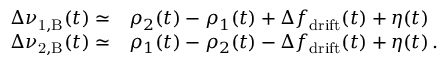
\begin{array} { r l } { \Delta \nu _ { \mathrm { 1 , B } } ( t ) \simeq } & { \rho _ { 2 } ( t ) - \rho _ { 1 } ( t ) + \Delta f _ { \mathrm { d r i f t } } ( t ) + \eta ( t ) } \\ { \Delta \nu _ { \mathrm { 2 , B } } ( t ) \simeq } & { \rho _ { 1 } ( t ) - \rho _ { 2 } ( t ) - \Delta f _ { \mathrm { d r i f t } } ( t ) + \eta ( t ) \, . } \end{array}